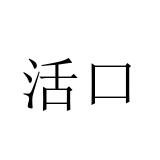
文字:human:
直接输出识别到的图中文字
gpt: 活口